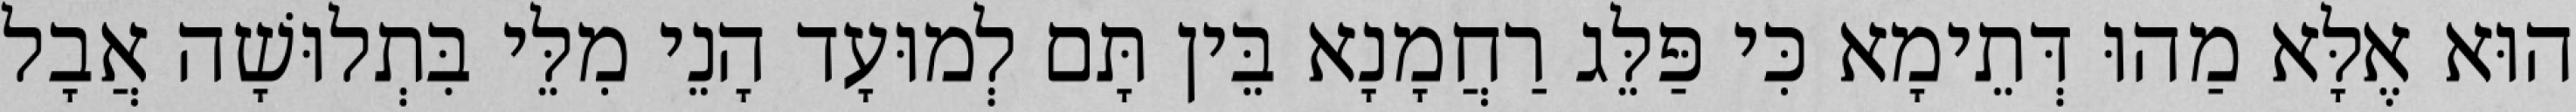
הוּא אֶלָּא מַהוּ דְּתֵימָא כִּי פַּלֵּג רַחֲמָנָא בֵּין תָּם לְמוּעָד הָנֵי מִלֵּי בִּתְלוּשָׁה אֲבָל